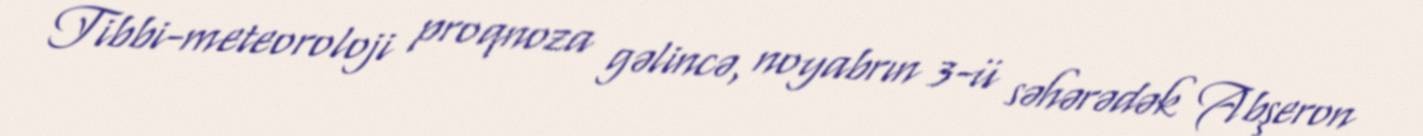
Tibbi-meteoroloji proqnoza gəlincə, noyabrın 3-ü səhərədək Abşeron